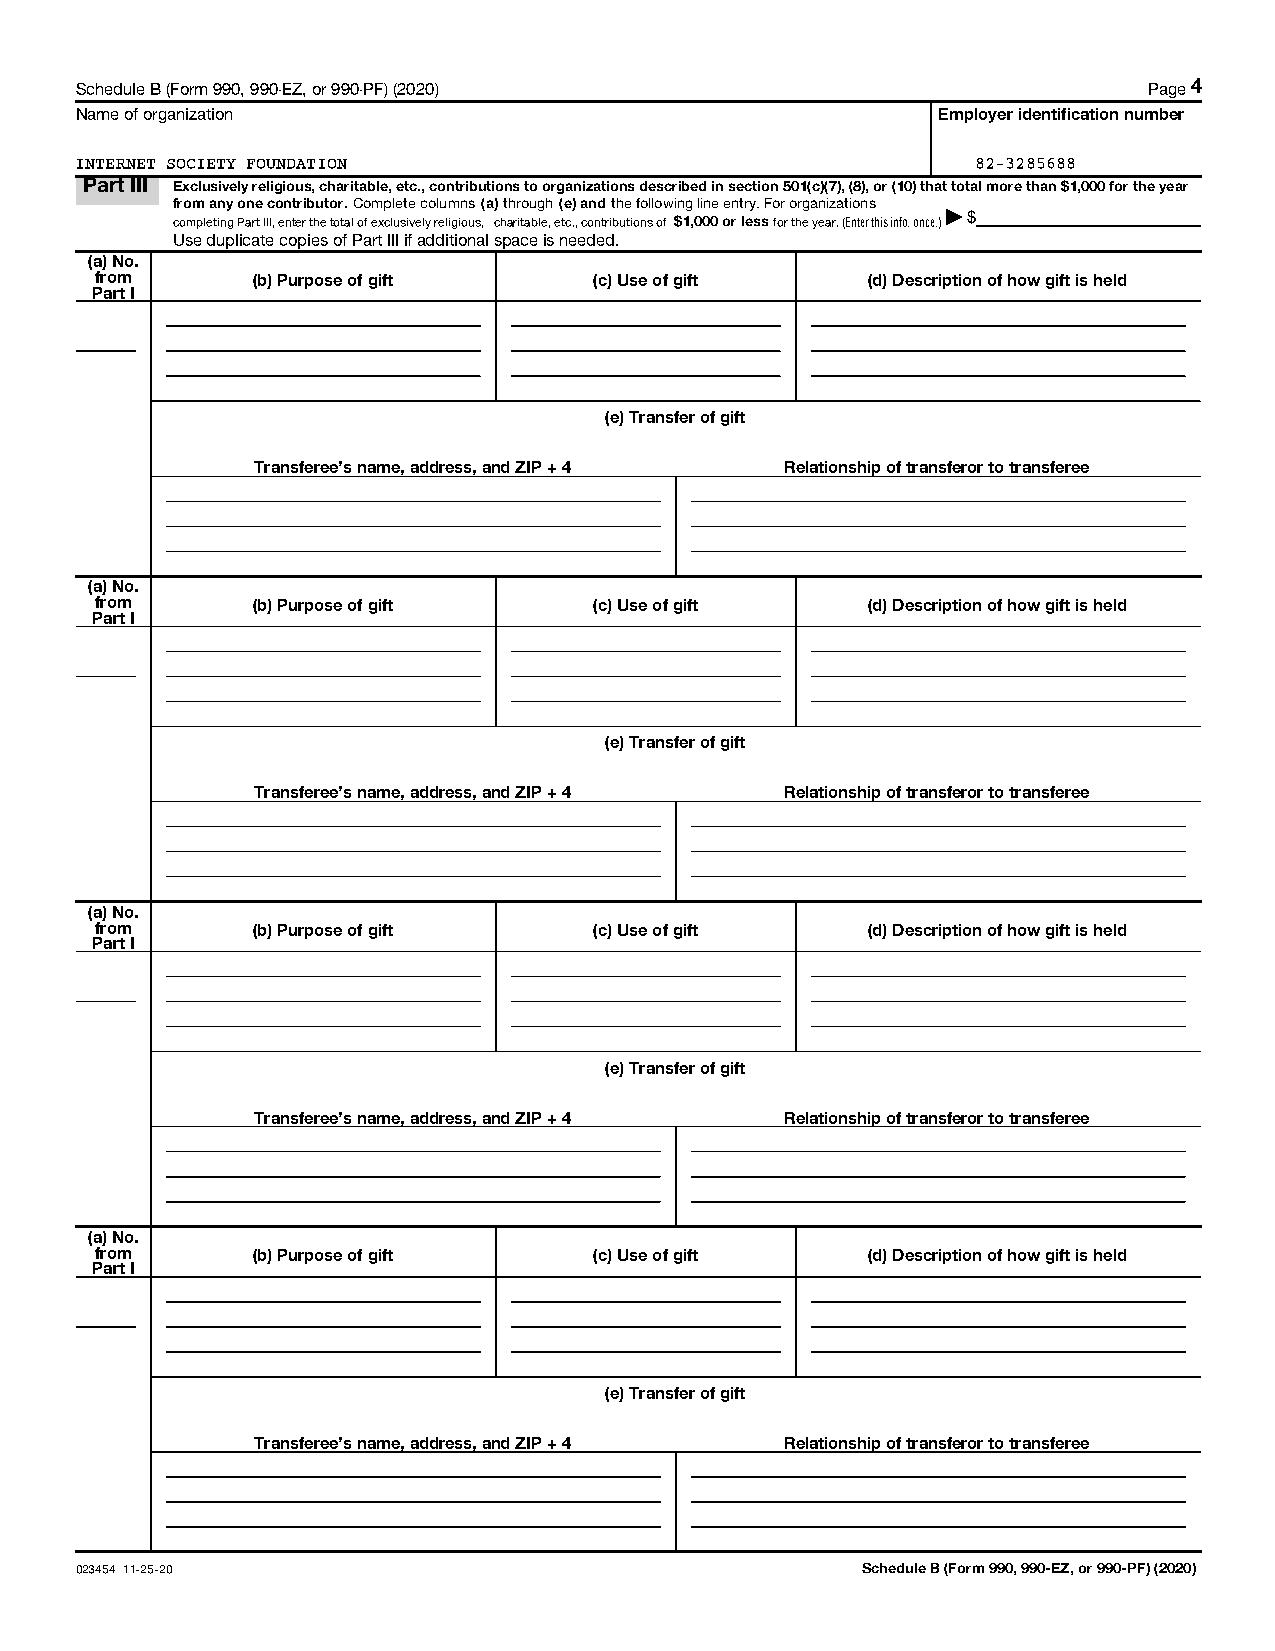
Schedule B (Form 990, 990-EZ, or 990-PF) (2020)                        Page 4
 Name of organization                                     Employer identification number
 INTERNET SOCIETY FOUNDATION                                 82-3285688
 Part III Exclusively religious, charitable, etc., contributions to organizations described in section 501(c)(7), (8), or (10) that total more than $1,000 for the year
 cfr oo mm
 pl
 ea tin ny
 g
 Po an re
 t I
 Ic I,o en ntt er ri b thu et o tor t.
 a
 lC oo
 f
 em xp cll ue st ie
 v
 ec lyo rl eu lm igin os
 u
 s( ,a )
 c
 hth arr io tau bg leh
 ,
 e( te c.)
 ,
 a con nd
 tr
 it bh ue
 ti
 ofo nsll o ow
 f
 i $n 1g
 ,
 0li 0n 0e e on
 r
 t lr ey s. sF o for
 r
 o thrg
 e
 a yn eaiz r.a (t Ei no tn ers
 this info. once.)| $
 Use duplicate copies of Part III if additional space is needed.
 (a) No.
 from       (b) Purpose of gift   (c) Use of gift   (d) Description of how gift is held
 Part I
 (e) Transfer of gift
 Transferee's name, address, and ZIP + 4 Relationship of transferor to transferee
 (a) No.
 from       (b) Purpose of gift   (c) Use of gift   (d) Description of how gift is held
 Part I
 (e) Transfer of gift
 Transferee's name, address, and ZIP + 4 Relationship of transferor to transferee
 (a) No.
 from       (b) Purpose of gift   (c) Use of gift   (d) Description of how gift is held
 Part I
 (e) Transfer of gift
 Transferee's name, address, and ZIP + 4 Relationship of transferor to transferee
 (a) No.
 from       (b) Purpose of gift   (c) Use of gift   (d) Description of how gift is held
 Part I
 (e) Transfer of gift
 Transferee's name, address, and ZIP + 4 Relationship of transferor to transferee
 023454 11-25-20                                     Schedule B (Form 990, 990-EZ, or 990-PF) (2020)